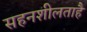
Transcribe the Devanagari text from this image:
सहनशीलताहै